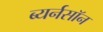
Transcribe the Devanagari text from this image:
ब्यर्नसॉन